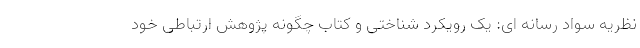
نظریه سواد رسانه ای: یک رویکرد شناختی و کتاب چگونه پژوهش ارتباطی خود